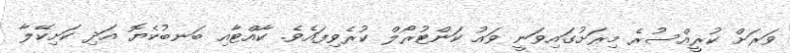
ވަރަށް ކުރީއްސުރެ މިރަށުގައިވަނީ ވައު ކަންޓުރޯލް ކުރެވިފައެވެ. ކާއްޓާއި ބަނބުކެޔޮ އަދި ކަށިކޭލާ